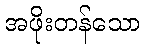
အဖိုးတန်သော